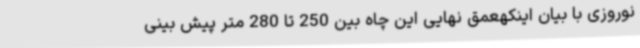
نوروزی با بیان اینکهعمق نهایی این چاه بین 250 تا 280 متر پیش بینی